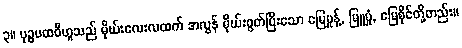
၃။ ပုဉ္ဇပထဝီဟူသည် မိုဃ်းလေးလထက် အလွန် မိုဃ်းစွတ်ပြီးသော မြေမှုန့်, မြူမှုံ, မြေစိုင်တို့တည်း။